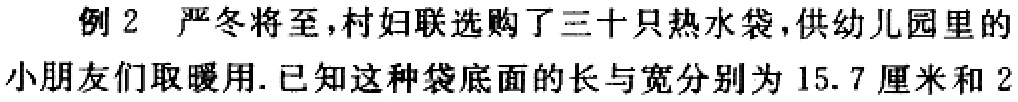
例2 严冬将至,村妇联选购了三十只热水袋,供幼儿园里的小朋友们取暖用.已知这种袋底面的长与宽分别为15.7 厘米和2